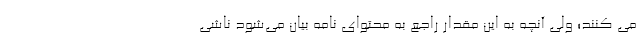
می کنند؛ ولی آنچه به این مقدار راجع به محتوای نامه بیان می‌شود ناشی